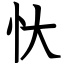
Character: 忕